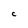
Character: C